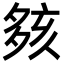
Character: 㚊